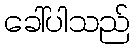
ခေါ်ပါသည်